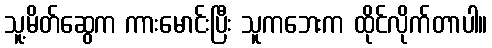
သူ့မိတ်ဆွေက ကားမောင်းပြီး သူကဘေးက ထိုင်လိုက်တာပါ။